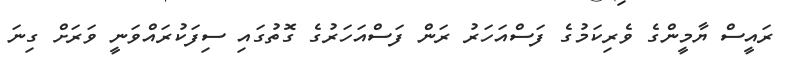
ރައީސް ޔާމީންގެ ވެރިކަމުގެ ފަސްއަހަރު ރަން ފަސްއަހަރުގެ ގޮތުގައި ސިފަކުރައްވަނީ ވަރަށް ގިނަ